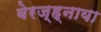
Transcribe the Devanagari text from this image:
बेरज्ह्नाया